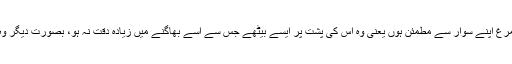
ریس کے دوران یہ نہایت ضروری ہے کہ شترمرغ اپنے سوار سے مطمئن ہوں یعنی وہ اس کی پشت پر ایسے بیٹھے جس سے اسے بھاگنے میں زیادہ دقت نہ ہو، بصورت دیگر وہ دوران سفر ہی جوکی کو زمین پر پٹخ سکتا ہے۔